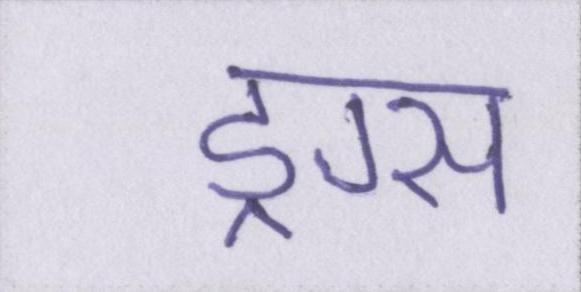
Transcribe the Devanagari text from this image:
ड्रग्स